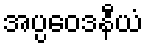
အပ္ပဝေဒနီယံ